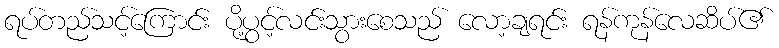
ရပ်တည်သင့်ကြောင်း ပို့ပွင့်လင်းသွားစေသည် လော့ချရင်း ရန်ကုန်လေဆိပ်၏